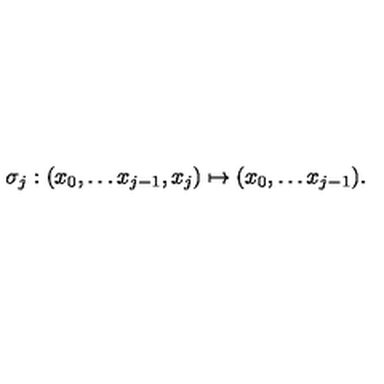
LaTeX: \sigma _ { j } : ( x _ { 0 } , \ldots x _ { j - 1 } , x _ { j } ) \mapsto ( x _ { 0 } , \ldots x _ { j - 1 } ) .